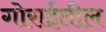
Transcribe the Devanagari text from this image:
गोराईतील